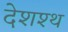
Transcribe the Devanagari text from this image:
देशश्थ